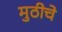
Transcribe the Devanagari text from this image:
मुठीचे